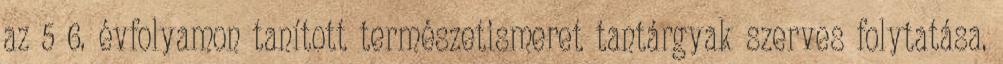
az 5 6. évfolyamon tanított természetismeret tantárgyak szerves folytatása.